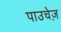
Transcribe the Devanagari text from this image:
पाउचेज़